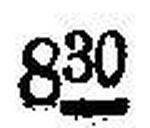
830